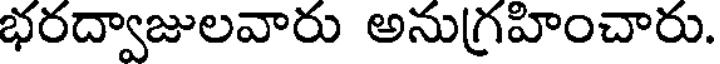
భరద్వాజులవారు అనుగ్రహించారు.